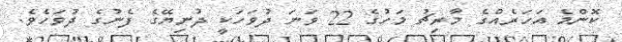
ކޮންމެ އަހަރެއްގެ މާރިޗު މަހުގެ 22 ވަނަ ދުވަހަކީ ދުނިޔޭގެ ފެނުގެ ދުވަހެވެ.